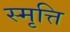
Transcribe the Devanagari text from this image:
स्मृत्ति